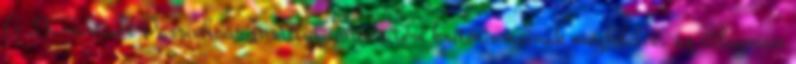
A „Darmstadt Passivhaus Institut” minősítési kritériumainak megfelelve, az átlagosan